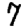
Digit: 7